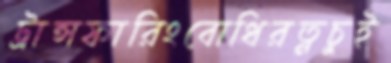
ট্রান্সফারিংবোধিরত্নচুই